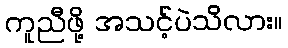
ကူညီဖို့ အသင့်ပဲသိလား။